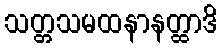
သတ္တသမထနာနတ္ထာဒိ